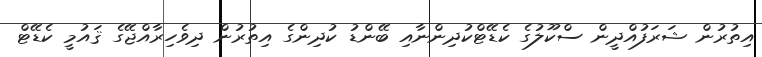
އިތުރުން ޝަރަފުއްދީން ސްކޫލުގެ ކެޑޭޓްކުދިންނާއި ބޭންޑު ކުދިންގެ އިތުރުން ދިވެހިރާއްޖޭގެ ޤައުމީ ކެޑޭޓް